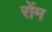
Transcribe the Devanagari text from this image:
रोंम